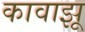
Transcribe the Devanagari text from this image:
कावाझू